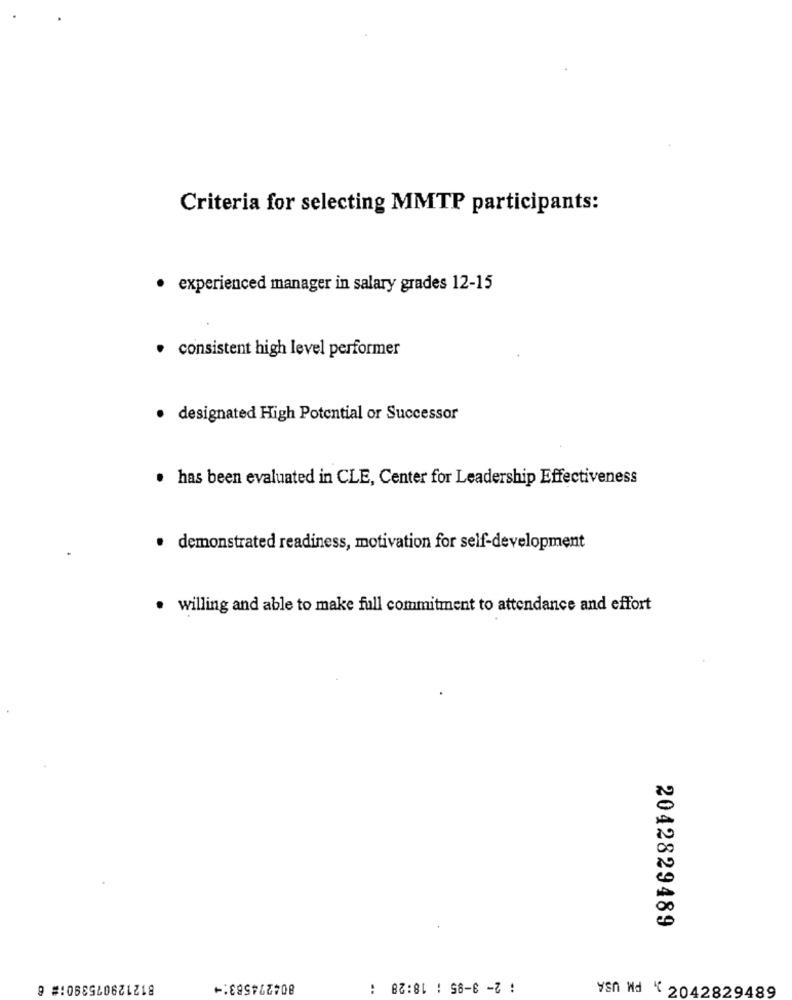
Criteria for selecting MMTP participants:
· experienced manager in salary grades 12-15
consistent high level performer
· designated High Potential or Successor
· has been evaluated in CLE, Center for Leadership Effectiveness
demonstrated readiness, motivation for self-development
willing and able to make full commitment to attendance and effort
2042829489
8121290753901# 6
804274583:
: 2- 3-95 : 18:28 :
ysn Nd " 2042829489